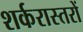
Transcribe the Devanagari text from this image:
शर्करास्तरों